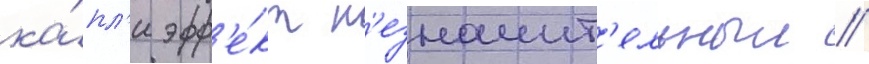
ка́пл'и эфф'е́кт н'езначит'ельныи //